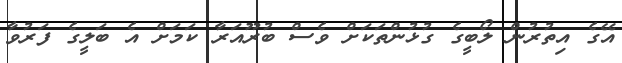
އޭގެ އިތުރުން ލޯބީގެ ގުޅުންތަކަށް ވެސް ބުރޫއަރާ ކަމަށް އެ ބަލީގެ ފަރުވާ